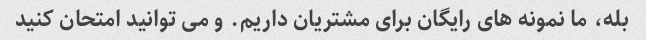
بله، ما نمونه های رایگان برای مشتریان داریم. و می توانید امتحان کنید